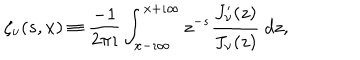
\zeta _ { \nu } ( s , x ) \equiv \displaystyle { \frac { - 1 } { 2 \pi \imath } } \int _ { x - \imath \infty } ^ { x + \imath \infty } z ^ { - s } \displaystyle { \frac { J _ { \nu } ^ { \prime } ( z ) } { J _ { \nu } ( z ) } } \ d z ,